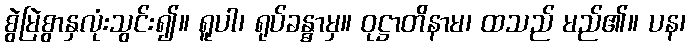
စွဲမြဲစွာနှလုံးသွင်း၍။ ရူပါ၊ ရုပ်ခန္ဓာမှ။ ဝုဋ္ဌာတိနာမ၊ ထသည် မည်၏။ ပန၊